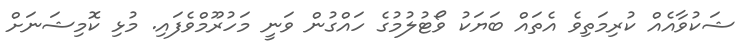
ޝަކުވާއެއް ކުރިމަތިވެ އެތައް ބަޔަކު ވޯޓުލުމުގެ ހައްގުން ވަނީ މަހުރޫމްވެފައި. މުޅި ކޮމިޝަނަށް